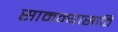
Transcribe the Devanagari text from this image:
सामन्यासाठि